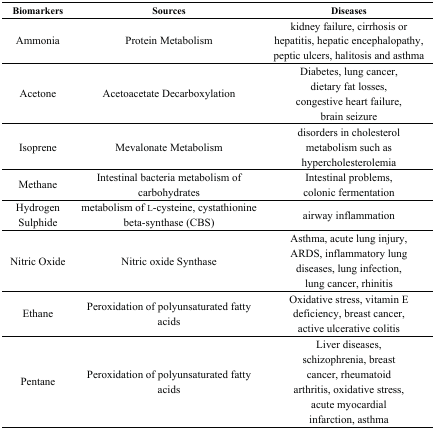
| Biomarkers | Sources | Diseases |
 | --- | --- | --- |
 | Ammonia | Protein Metabolism | kidney failure, cirrhosis or hepatitis, hepatic encephalopathy, peptic ulcers, halitosis and asthma |
 | Acetone | Acetoacetate Decarboxylation | Diabetes, lung cancer, dietary fat losses, congestive heart failure, brain seizure |
 | Isoprene | Mevalonate Metabolism | disorders in cholesterol metabolism such as hypercholesterolemia |
 | Methane | Intestinal bacteria metabolism of carbohydrates | Intestinal problems, colonic fermentation |
 | Hydrogen Sulphide | metabolism of l-cysteine, cystathionine beta-synthase (CBS) | airway inflammation |
 | Nitric Oxide | Nitric oxide Synthase | Asthma, acute lung injury, ARDS, inflammatory lung diseases, lung infection, lung cancer, rhinitis |
 | Ethane | Peroxidation of polyunsaturated fatty acids | Oxidative stress, vitamin E deficiency, breast cancer, active ulcerative colitis |
 | Pentane | Peroxidation of polyunsaturated fatty acids | Liver diseases, schizophrenia, breast cancer, rheumatoid arthritis, oxidative stress, acute myocardial infarction, asthma |